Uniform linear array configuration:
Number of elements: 48
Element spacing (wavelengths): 0.75
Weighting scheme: hann
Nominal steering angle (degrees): -60
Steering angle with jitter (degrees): -61.647
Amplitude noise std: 0.05
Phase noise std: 0.05

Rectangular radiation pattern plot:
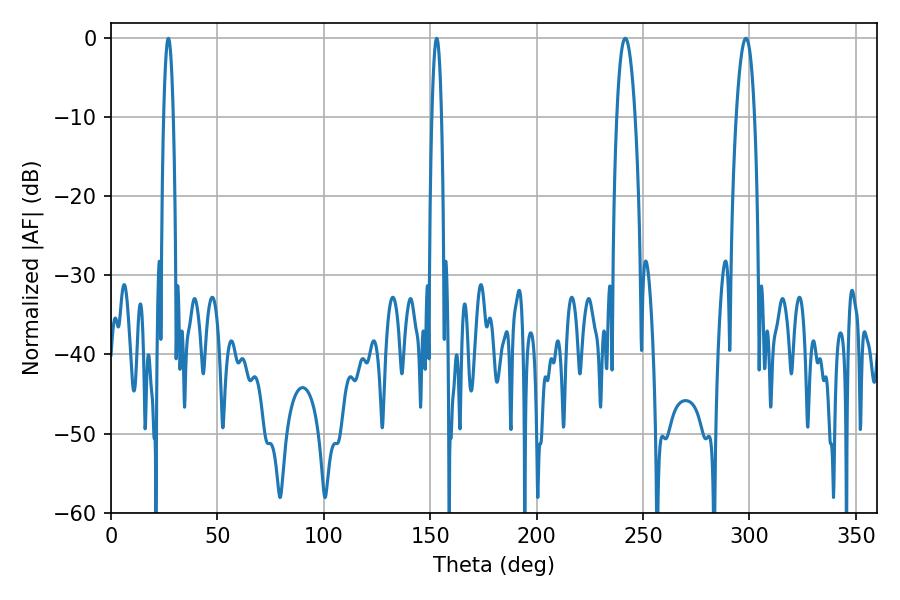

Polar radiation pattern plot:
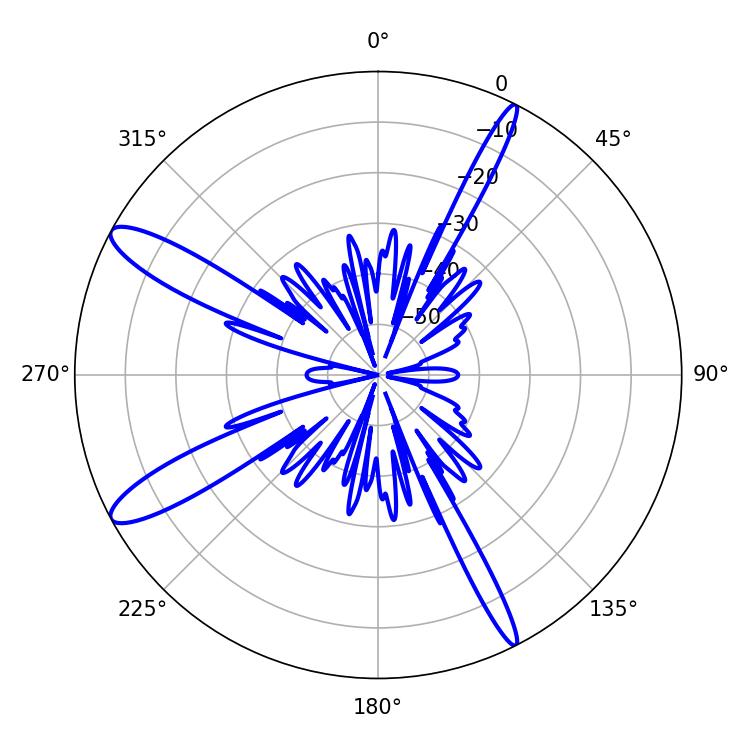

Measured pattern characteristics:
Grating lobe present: TRUE
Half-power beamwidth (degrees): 2.52
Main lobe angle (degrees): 27